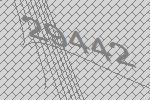
29442